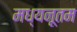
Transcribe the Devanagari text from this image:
मध्यनूतम